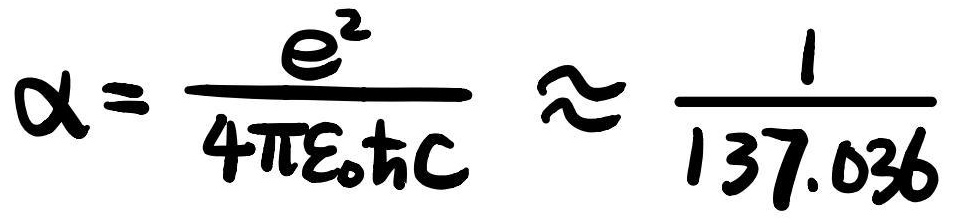
$\alpha = \frac{e^{2}}{4 \pi \varepsilon_{0} \hbar c} \approx \frac{1}{137.036}$